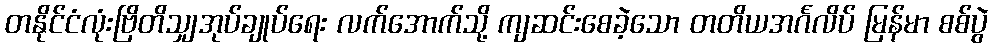
တနိုင်ငံလုံးဗြိတိသျှအုပ်ချုပ်ရေး လက်အောက်သို့ ကျဆင်းစေခဲ့သော တတိယအင်္ဂလိပ် မြန်မာ စစ်ပွဲ